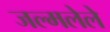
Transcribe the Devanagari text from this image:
जल्मलेले